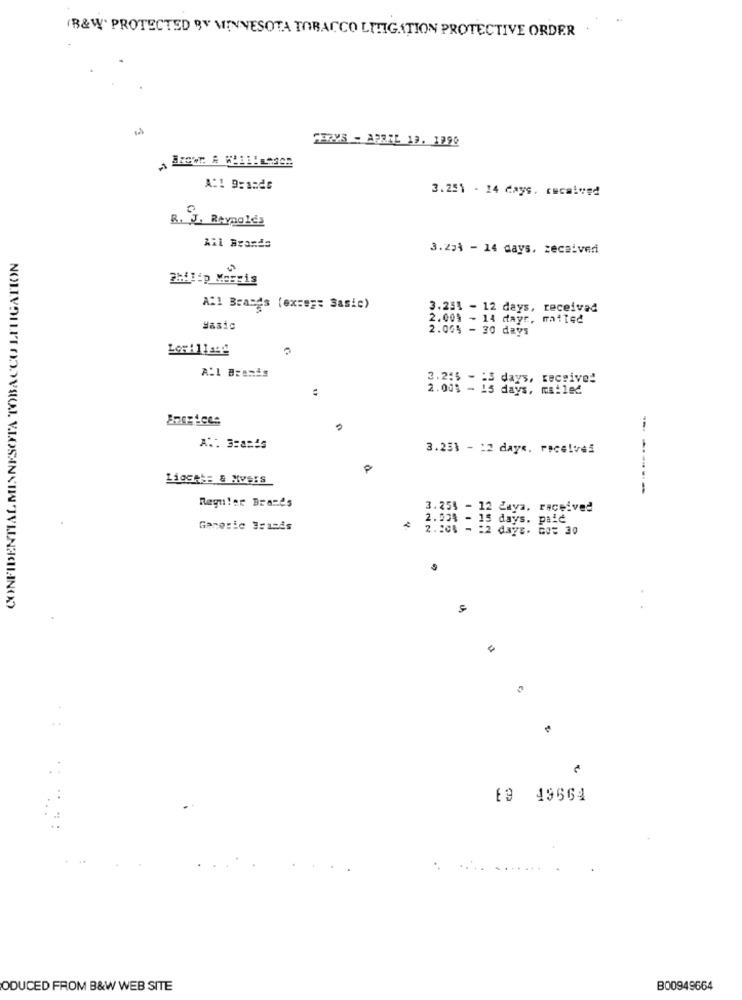
(B&W' PROTECTED BY MINNESOTA TOBACCO LITIGATION PROTECTIVE ORDER
SHOVS - ABRIL 19. 1990
3.251 - 14 days. received
R. J. Reynolds
All Brands
3.274 - 14 days, zecaivedi
CONFIDENTIAL MINNESOTA TOBACCO LITIGATION
Philip Morris
All Brases (excep: Sasic)
3.251 - 12 days, received
2.009 - 14 dayr, mailed
Hasic
2.00% - 30 days
All Branis
3.255 - : 3 days, receive!
2.00% - 15 days, mailed
AT: 3:an4s
3.233 - 12 days. received
-------
Regular Branes
3.254 - 12 Zuya, received
2.024 - 15 days. palć
Generic Brands
2.20% - : 2 days. Go: 30
19 49664
ODUCED FROM B&W WEB SITE
B00949664